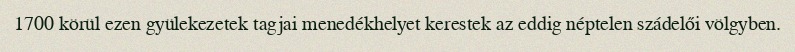
1700 körül ezen gyülekezetek tagjai menedékhelyet kerestek az eddig néptelen szádelői völgyben.